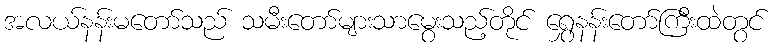
အလယ်နန်းမတော်သည် သမီးတော်များသာမွေးသည့်တိုင် ရွှေနန်းတော်ကြီးထဲတွင်